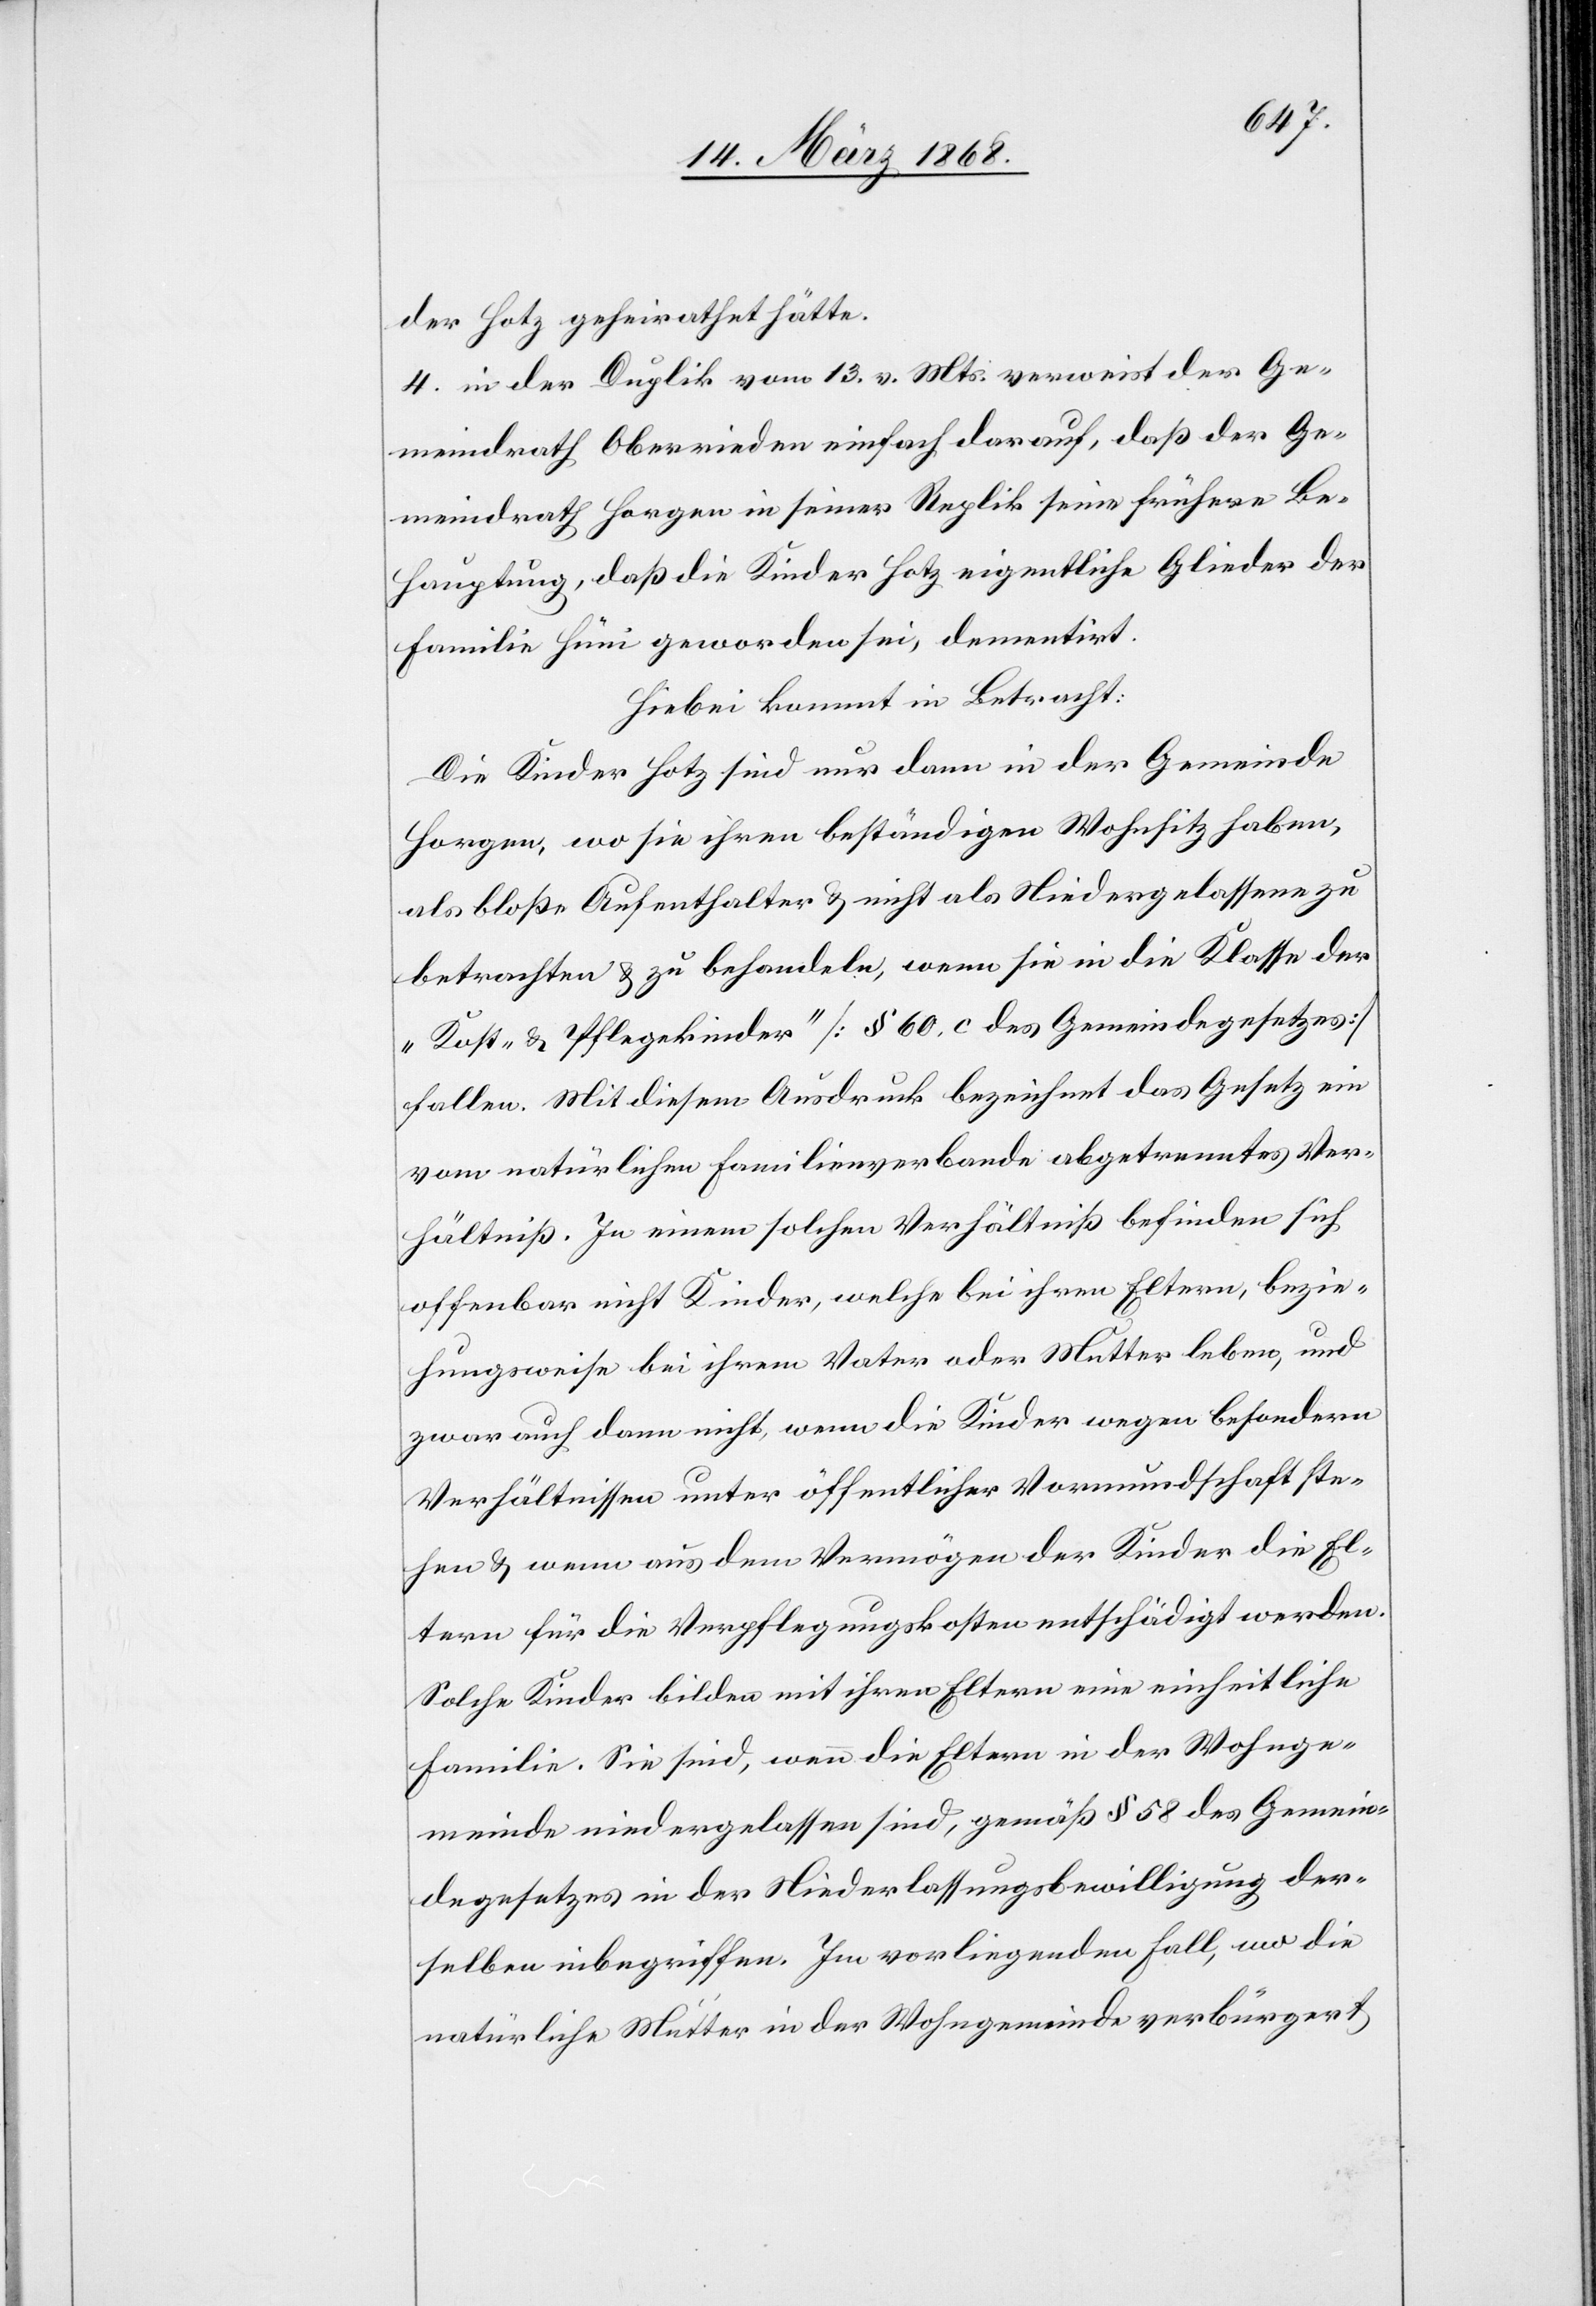
der Hotz geheirathet hätte.
4. in der Duplik vom 13. v. Mts. verweist der Ge¬
meindrath Oberrieden einfach darauf, daß der Ge¬
meindrath Horgen in seiner Replik seine frühere Be¬
hauptung, daß die Kinder Hotz eigentliche Glieder der
Familie Hüni geworden sei[en], dementirt.
Hiebei kommt in Betracht:
Die Kinder Hotz sind nur dann in der Gemeinde
Horgen, wo sie ihren beständigen Wohnsitz haben,
als bloße Aufenthalter & nicht als Niedergelassene zu
betrachten & zu behandeln, wenn sie in die Klasse der
„Kost- & Pflegekinder“ [§ 60, c des Gemeindegesetzes]
fallen. Mit diesem Ausdruck bezeichnet das Gesetz ein
vom natürlichen Familienverbande abgetrenntes Ver¬
hältniß. In einem solchen Verhältniß befinden sich
offenbar nicht Kinder, welche bei ihren Eltern, bezie¬
hungsweise bei ihrem Vater oder Mutter leben, und
zwar auch dann nicht, wenn die Kinder wegen besondern
Verhältnissen unter öffentlicher Vormundschaft ste¬
hen & wenn aus dem Vermögen der Kinder die El¬
tern für die Verpflegungskosten entschädigt werden.
Solche Kinder bilden mit ihren Eltern eine einheitliche
Familie. Sie sind, wenn die Eltern in der Wohnge¬
meinde niedergelassen sind, gemäß § 58 des Gemein¬
degesetzes in der Niederlassungsbewilligung der¬
selben inbegriffen. Im vorliegenden Fall, wo die
natürliche Mutter in der Wohngemeinde verbürgert